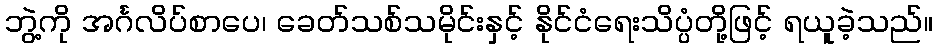
ဘွဲ့ကို အင်္ဂလိပ်စာပေ၊ ခေတ်သစ်သမိုင်းနှင့် နိုင်ငံရေးသိပ္ပံတို့ဖြင့် ရယူခဲ့သည်။